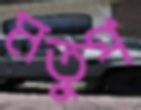
মতুপ